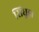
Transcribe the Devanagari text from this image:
सिंघुड़ा